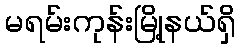
မရမ်းကုန်းမြို့နယ်ရှိ